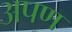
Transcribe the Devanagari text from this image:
अपण